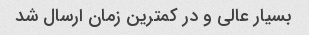
بسیار عالی و در کمترین زمان ارسال شد